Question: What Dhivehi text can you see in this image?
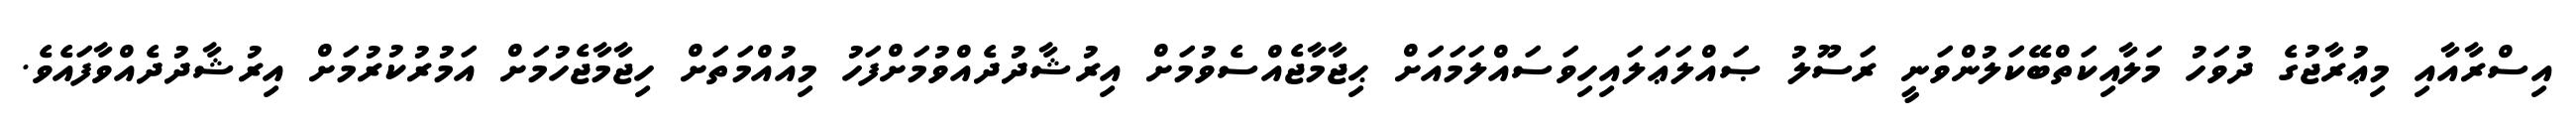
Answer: އިސްރާއާއި މިޢުރާޖުގެ ދުވަހު މަލާއިކަތްބޭކަލުންވަނީ ރަސޫލު ޞައްލަޢަލައިހިވަސައްލަމައަށް ޙިޖާމާޖެއްސެވުމަށް އިރުޝާދުދެއްވުމަށްފަހު މިއުއްމަތަށް ހިޖާމާޖެހުމަށް އަމުރުކުރުމަށް އިރުޝާދުދެއްވާފައެވެ.